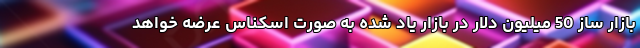
بازار ساز 50 میلیون دلار در بازار یاد شده به صورت اسکناس عرضه خواهد